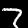
Label: 7